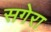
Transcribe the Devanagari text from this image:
सगेरा